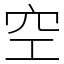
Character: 空